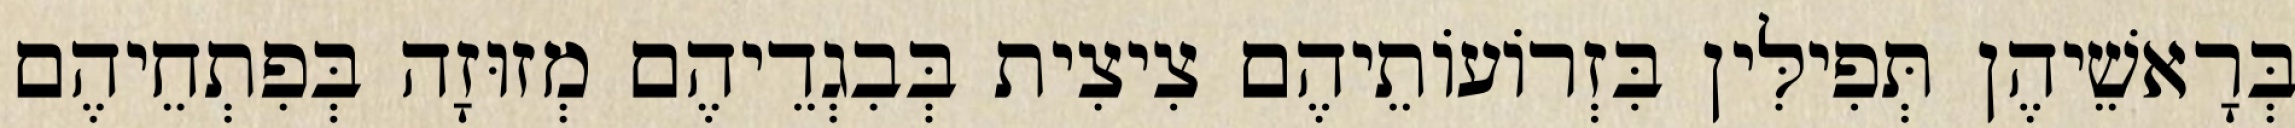
בְּרָאשֵׁיהֶן תְּפִילִּין בִּזְרוֹעוֹתֵיהֶם צִיצִית בְּבִגְדֵיהֶם מְזוּזָה בְּפִתְחֵיהֶם